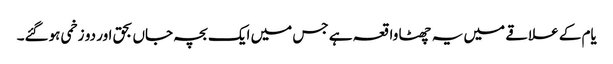
یام کے علاقے میں یہ چھٹا واقعہ ہے جس میں ایک بچہ جاں بحق اور دو زخمی ہوگئے۔